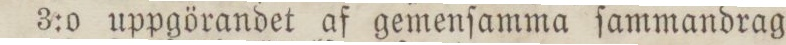
3:0 uppgörandet af gemenſamma ſammandrag